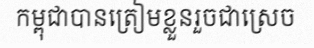
កម្ពុជាបានត្រៀមខ្លួនរួចជាស្រេច